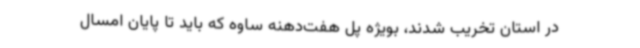
در استان تخریب شدند، بویژه پل هفت‌دهنه ساوه که باید تا پایان امسال